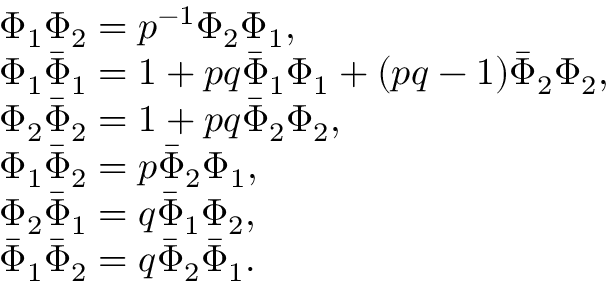
\begin{array} { l } { { \Phi _ { 1 } \Phi _ { 2 } = p ^ { - 1 } \Phi _ { 2 } \Phi _ { 1 } , } } \\ { { \Phi _ { 1 } \bar { \Phi } _ { 1 } = 1 + p q \bar { \Phi } _ { 1 } \Phi _ { 1 } + ( p q - 1 ) \bar { \Phi } _ { 2 } \Phi _ { 2 } , } } \\ { { \Phi _ { 2 } \bar { \Phi } _ { 2 } = 1 + p q \bar { \Phi } _ { 2 } \Phi _ { 2 } , } } \\ { { \Phi _ { 1 } \bar { \Phi } _ { 2 } = p \bar { \Phi } _ { 2 } \Phi _ { 1 } , } } \\ { { \Phi _ { 2 } \bar { \Phi } _ { 1 } = q \bar { \Phi } _ { 1 } \Phi _ { 2 } , } } \\ { { \bar { \Phi } _ { 1 } \bar { \Phi } _ { 2 } = q \bar { \Phi } _ { 2 } \bar { \Phi } _ { 1 } . } } \end{array}